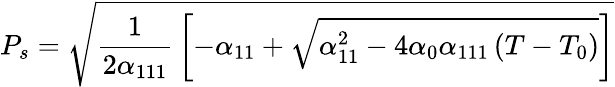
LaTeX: P_{s}={\sqrt{{\frac{1}{2\alpha_{111}}}\left[-\alpha_{11}+{\sqrt{\alpha_{11}^{2}-4\alpha_{0}\alpha_{111}\left(T-T_{0}\right)}}\right]}}